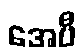
အေပီ